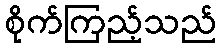
စိုက်ကြည့်သည်